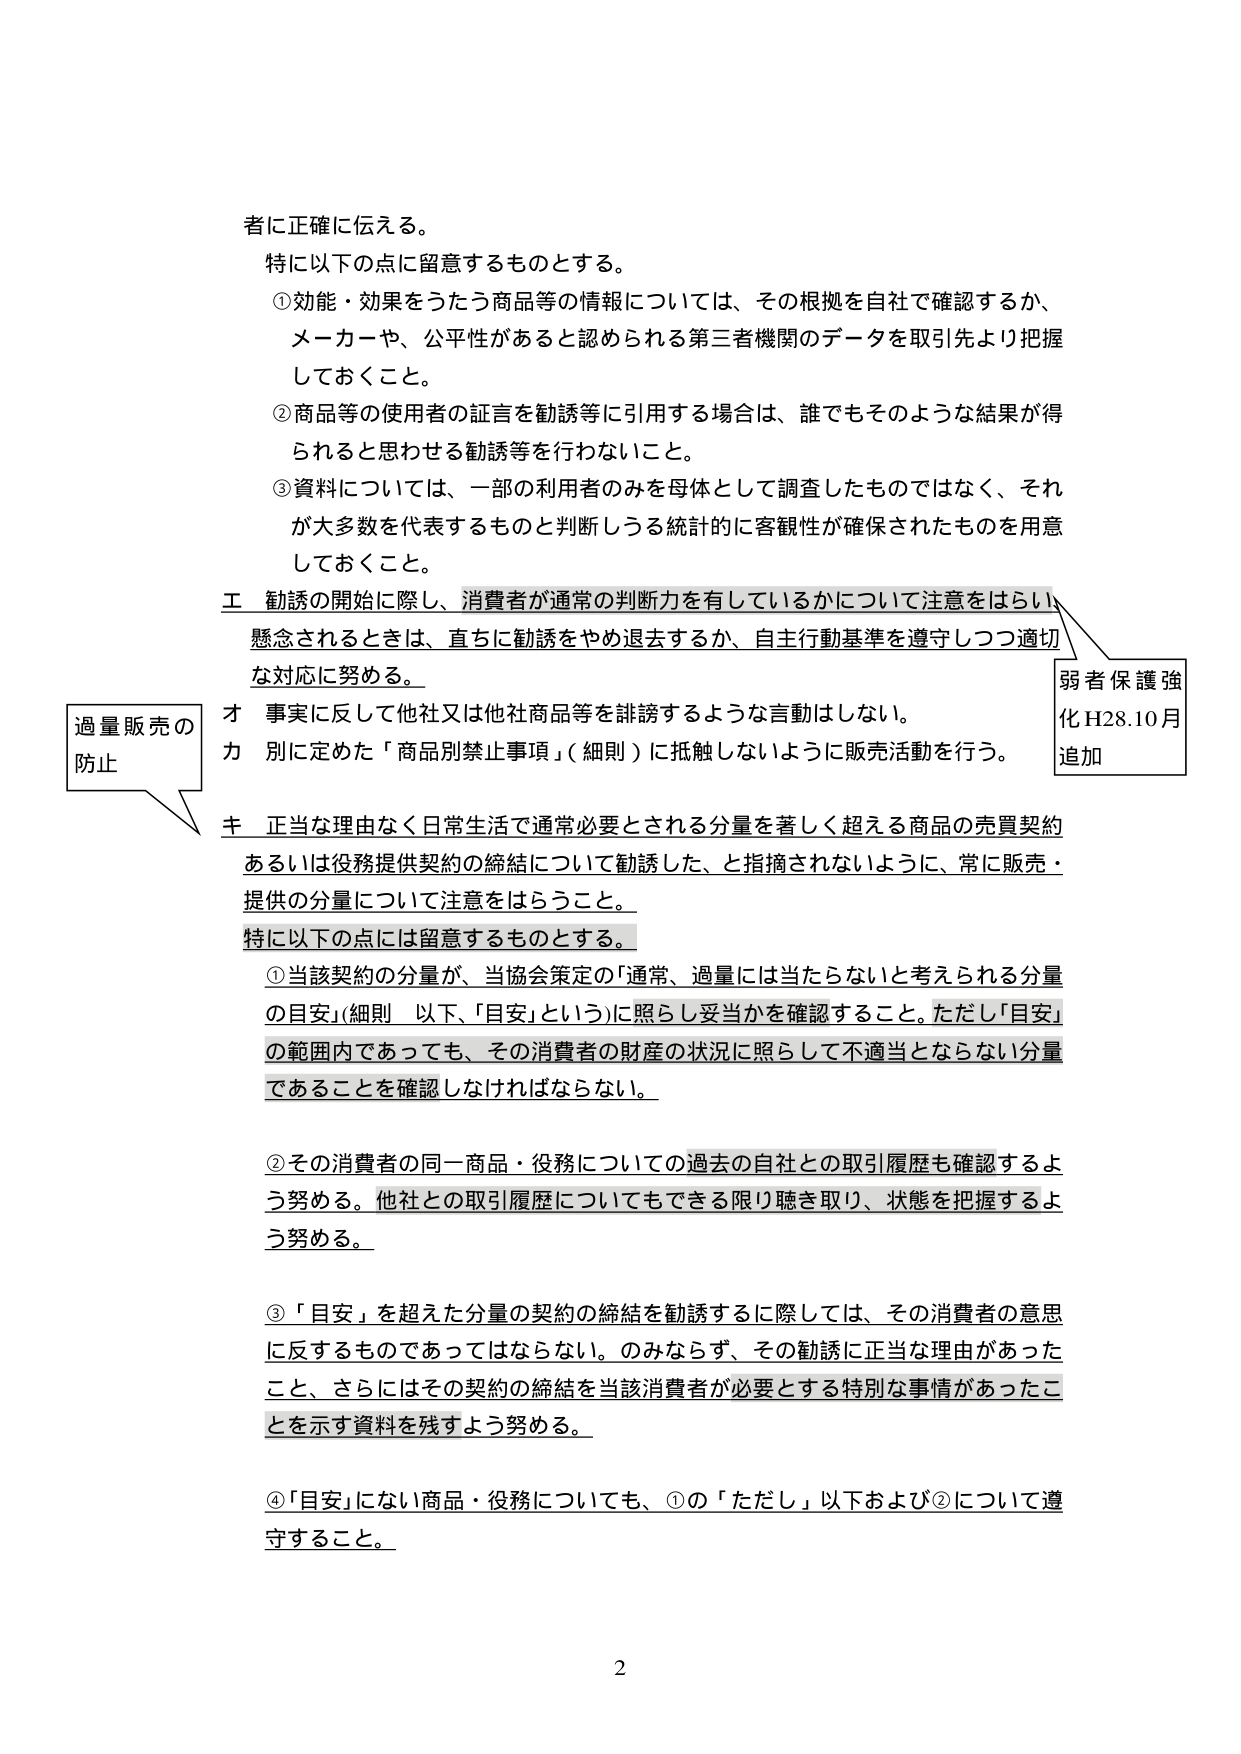
者に正確に伝える。
特に以下の点に留意するものとする。
①効能・効果をうたう商品等の情報については、その根拠を自社で確認するか、
メーカー、公平性があると認められる第三者機関のデータを取引先より把握
しておくこと。
②商品等の使用者の証言を勧誘等に引用する場合は、誰でもそのような結果が得
られると思わせる勧誘等を行わないこと。
③資料については、一部の利用者のみを母体として調査したものではなく、それ
が大多数を代表するものと判断しうる統計的に客観性が確保されたものを用意
しておくこと。
工 勧誘の開始に際し、消費者が通常の判断力を有しているかについて注意をはらい
懸念されるときは、直ちに勧誘をやめ退去するか、自主行動基準を遵守しつつ適切
な対応に努める。
弱者保護強
化 H28.10月
追加
過量販売の
防止
オ 事実に反して他社又は他社商品等を誹謗するような言動はしない。
カ 別に定めた「商品別禁止事項」（細則）に抵触しないように販売活動を行う。
キ 正当な理由なく日常生活で通常必要とされる分量を著しく超える商品の売買契約
あるいは役務提供契約の締結について勧誘した、と指摘されないように、常に販売・
提供の分量について注意をはらうこと。
特に以下の点には留意するものとする。
①当該契約の分量が、当協会策定の「通常、過量には当たらないと考えられる分量
の目安」（細則 以下、「目安」という）に照らし妥当かを確認すること。ただし「目安」
の範囲内であっても、その消費者の財産の状況に照らして不適当とならない分量
であることを確認しなければならない。
②その消費者の同一商品・役務についての過去の自社との取引履歴も確認するよ
う努める。他社との取引履歴についてもできる限り聴き取り、状態を把握するよ
う努める。
③「目安」を超えた分量の契約の締結を勧誘するに際しては、その消費者の意思
に反するものであってはならない。のみならず、その勧誘に正当な理由があった
こと、さらにはその契約の締結を当該消費者が必要とする特別な事情があったこ
とを示す資料を残すよう努める。
④「目安」にない商品・役務についても、①の「ただし」以下および②について遵
守すること。
2